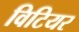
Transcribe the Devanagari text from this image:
विटियर